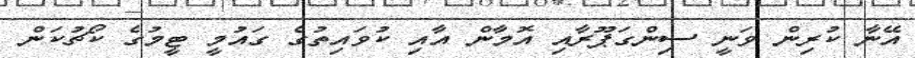
އޭނާ ކުރިން ވަނީ ސިންގަޕޫރާއި އޮމާން އާއި ކުވައިތުގެ ގައުމީ ޓީމުގެ ކޯޗުކަން